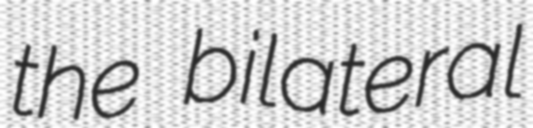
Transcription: the bilateral